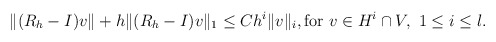
\begin{align*} \|(R_h-I)v\| + h\|(& R_h-I)v\|_1\le C h^i\|v\|_i, \textrm{for} \ v \in H^i \cap V,\ 1\le i\le l. \end{align*}